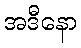
အဒီနော